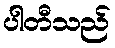
ပါတီသည်